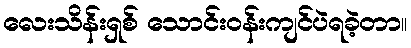
လေးသိန်းရှစ် သောင်းဝန်းကျင်ပဲရခဲ့တာ။